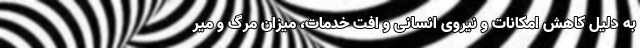
به دلیل کاهش امکانات و نیروی انسانی و افت خدمات، میزان مرگ و میر